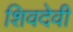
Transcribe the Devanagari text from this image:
शिवदेवी